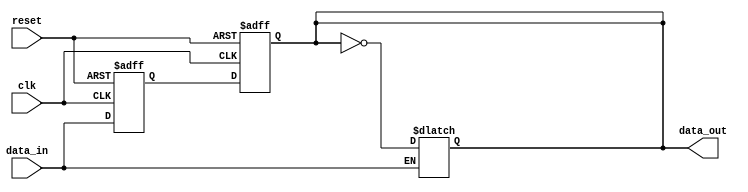
module event_control_example (
    input wire clk,          // Clock signal
    input wire reset,        // Reset signal
    input wire data_in,      // Input data signal
    output reg data_out      // Output data signal
);

// Internal state variable
reg state;

// Always block that reacts to the rising edge of the clock or the reset signal
always @(posedge clk or posedge reset) begin
    if (reset) begin
        // Reset the state and output
        state <= 1'b0;
        data_out <= 1'b0;
    end else begin
        // Update the state based on input data
        state <= data_in;
        data_out <= state; // Output the current state
    end
end

// Another always block to demonstrate sensitivity to data_in
always @(data_in) begin
    // Perform some action when data_in changes
    if (data_in) begin
        // Example action: toggle data_out if data_in is high
        data_out <= ~data_out; // Toggle output
    end
end

endmodule